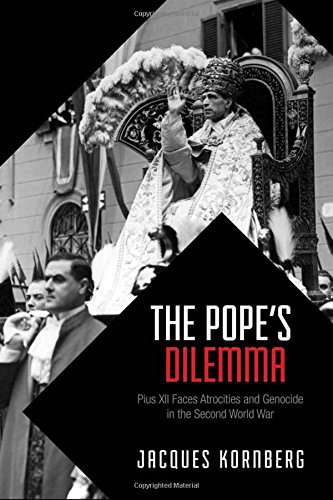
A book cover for The Pope's Dilemma: Pius XII Faces Atrocities and Genocide in the Second World War (German and European Studies); Jacques Kornberg; Christian Books & Bibles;